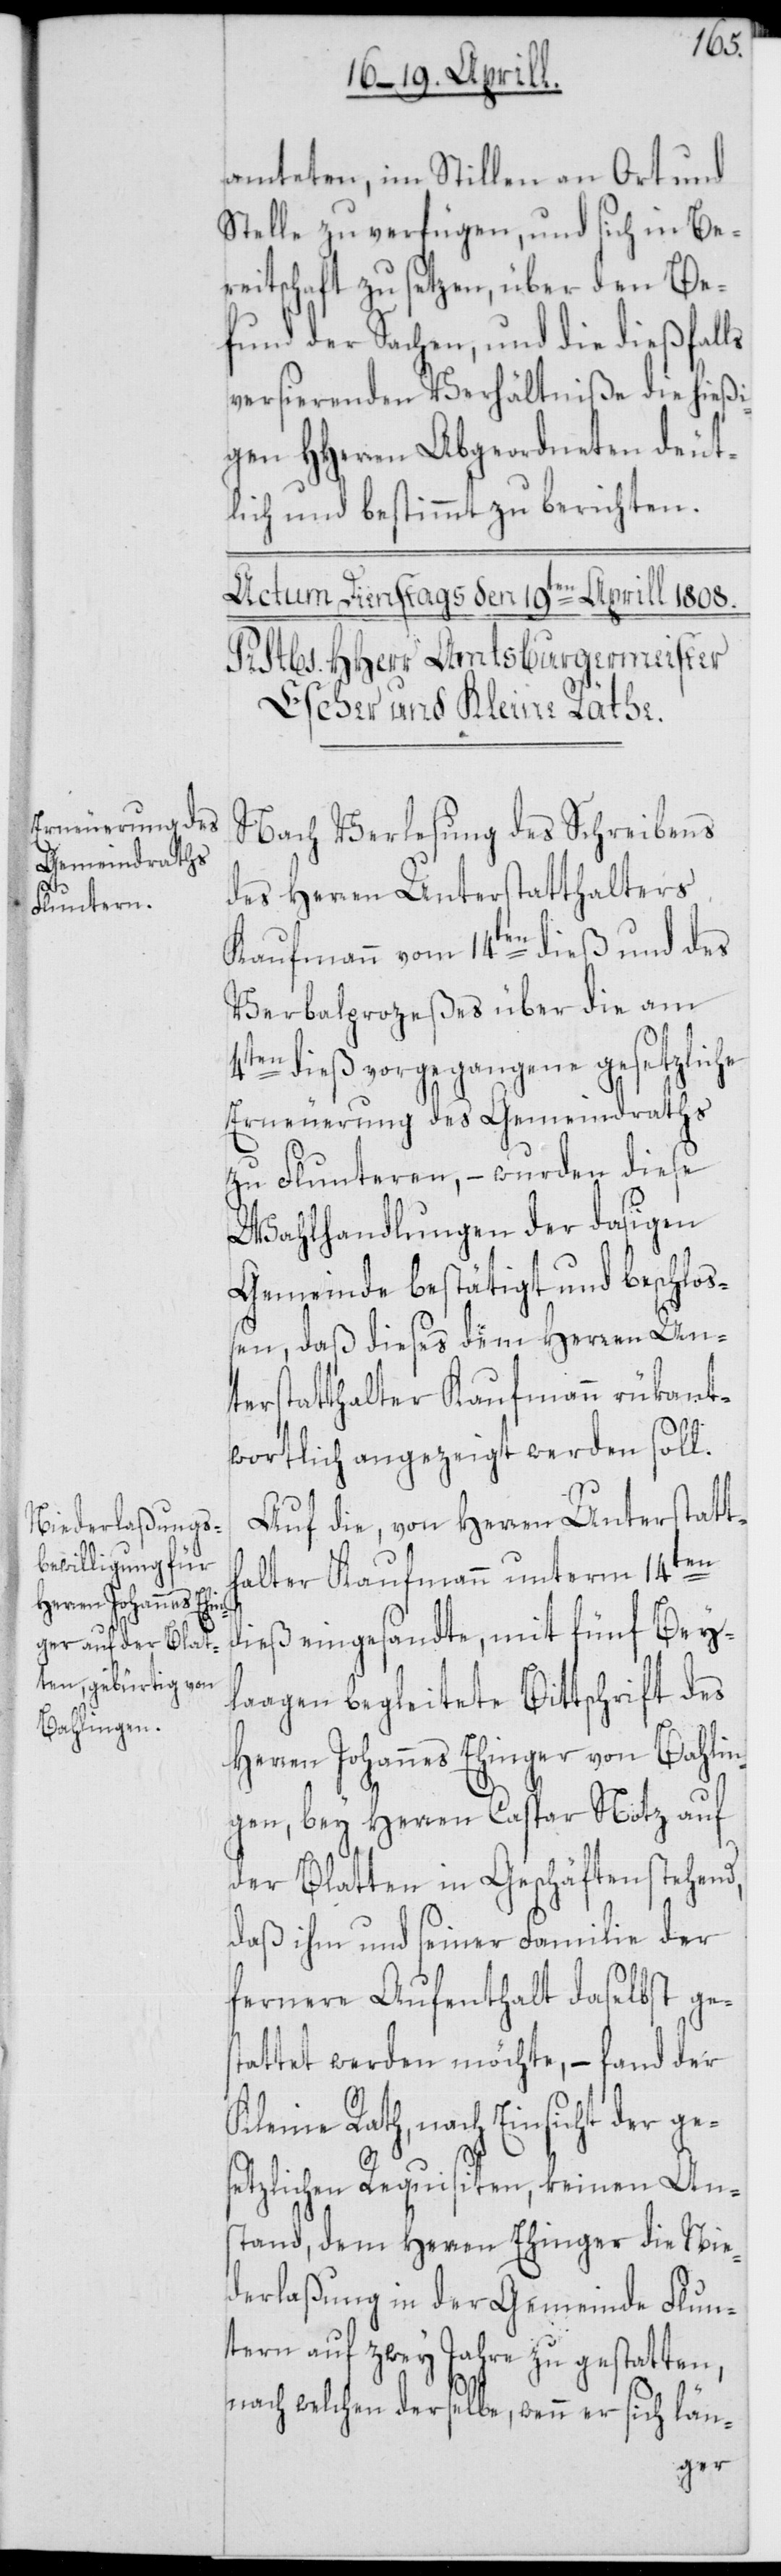
amteten, im Stillen an Ort und
Stelle zu verfügen, und sich in Be¬
reitschaft zu setzen, über den Be¬
fund der Sachen, und die dießfalls
versierenden Verhältniße die hießi¬
gen HHerren Abgeordneten deut¬
lich und bestimmt zu berichten.
Nach Verlesung des Schreibens
des Herren Unterstatthalters
Kaufmann vom 14ten dieß und des
Verbalprozeßes über die am
4ten dieß vorgegangene gesetzliche
Erneuerung des Gemeindraths
zu Fluntern, – wurden diese
Wahlhandlungen der dasigen
Gemeinde bestätigt und beschloß¬
en, daß dieses dem Herren Un¬
terstatthalter Kaufmann rükant¬
wortlich angezeigt werden soll.
Auf die, von Herren Unterstatt¬
halter Kaufmann unterm 14ten
dieß eingesandte, mit fünf Bey¬
laagen begleitete Bittschrift des
Herren Johannes Ehinger von Bahli¬
ngen, bey Herren Caspar Notz auf
der Blatten in Geschäften stehend,
daß ihm und seiner Familie der
fernere Aufenthalt daselbst ges¬
tattet werden möchte, – fand der
Kleine Rath, nach Einsicht der ge¬
setzlichen Requisiten, keinen An¬
stand, dem Herren Ehinger die Nie¬
derlaßung in der Gemeinde Flun¬
tern auf zwey Jahre zu gestatten,
nach welchen derselbe, wenn er sich län-